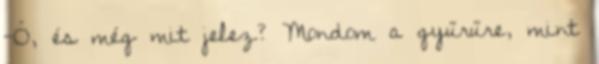
-Ó, és még mit jelez? Mondom a gyűrűre, mint